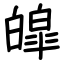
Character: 皡